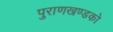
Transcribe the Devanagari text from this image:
पुराणखण्डको